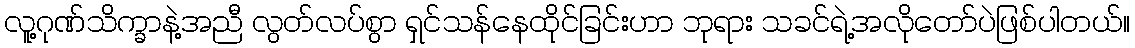
လူ့ဂုဏ်သိက္ခာနဲ့အညီ လွတ်လပ်စွာ ရှင်သန်နေထိုင်ခြင်းဟာ ဘုရား သခင်ရဲ့အလိုတော်ပဲဖြစ်ပါတယ်။